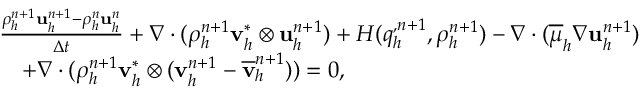
\begin{array} { r l } & { \frac { \rho _ { h } ^ { n + 1 } \mathbf u _ { h } ^ { n + 1 } - \rho _ { h } ^ { n } \mathbf u _ { h } ^ { n } } { \Delta t } + \nabla \cdot ( \rho _ { h } ^ { n + 1 } \mathbf v _ { h } ^ { * } \otimes \mathbf u _ { h } ^ { n + 1 } ) + H ( q _ { h } ^ { , n + 1 } , \rho _ { h } ^ { n + 1 } ) - \nabla \cdot ( \overline { { \mu } } _ { h } \nabla { \mathbf u } _ { h } ^ { n + 1 } ) } \\ & { \quad + \nabla \cdot ( \rho _ { h } ^ { n + 1 } \mathbf v _ { h } ^ { * } \otimes ( \mathbf v _ { h } ^ { n + 1 } - \overline { { \mathbf v } } _ { h } ^ { n + 1 } ) ) = \boldsymbol { 0 } , } \end{array}